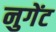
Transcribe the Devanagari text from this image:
नुगेंट